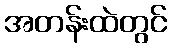
အတန်းထဲတွင်